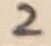
Text: 2